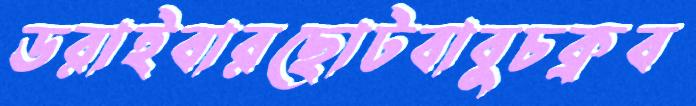
ডরাইবারছোটবাবুচক্রব